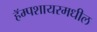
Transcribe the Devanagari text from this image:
हॅम्पशायरमधील